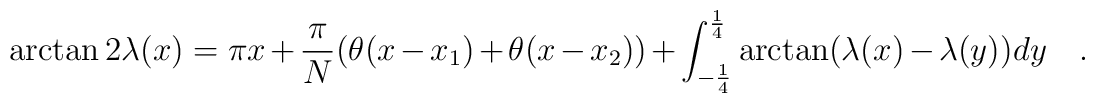
\arctan 2\lambda(x)=\pi x+\frac{\pi}{N}(\theta(x-x_1)+\theta(x-x_2)) + \int_{-\frac{1}{4}}^{\frac{1}{4}}\arctan(\lambda(x)-\lambda(y)) dy\quad .